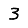
Digit: 3